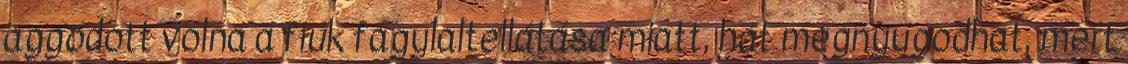
aggódott volna a fiúk fagylaltellátása miatt, hát megnyugodhat, mert